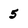
Character: 5